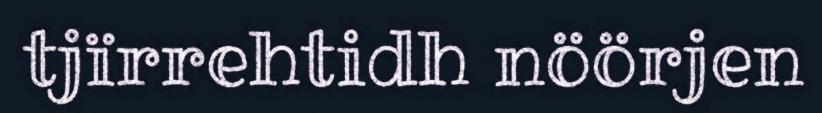
tjïrrehtidh nöörjen